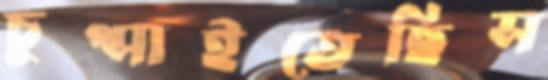
চুপ্‌সাইতেছিস